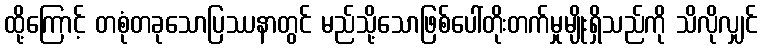
ထို့ကြောင့် တစုံတခုသောပြဿနာတွင် မည်သို့သောဖြစ်ပေါ်တိုးတက်မှုမျိုးရှိသည်ကို သိလိုလျှင်